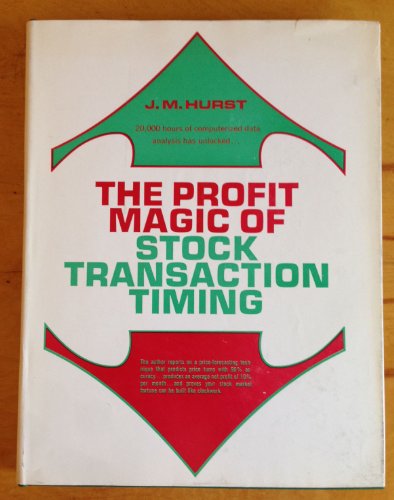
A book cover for The profit magic of stock transaction timing; J. M Hurst; Business & Money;